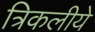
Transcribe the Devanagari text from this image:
त्रिकलीये